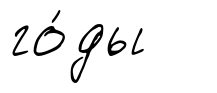
го́ды